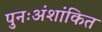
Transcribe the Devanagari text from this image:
पुनःअंशांकित